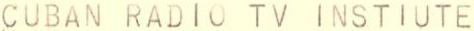
CUBAN RADIO TV INSTIUTE